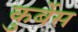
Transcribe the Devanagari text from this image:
कुर्बेस